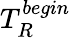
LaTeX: T_{R}^{begin}